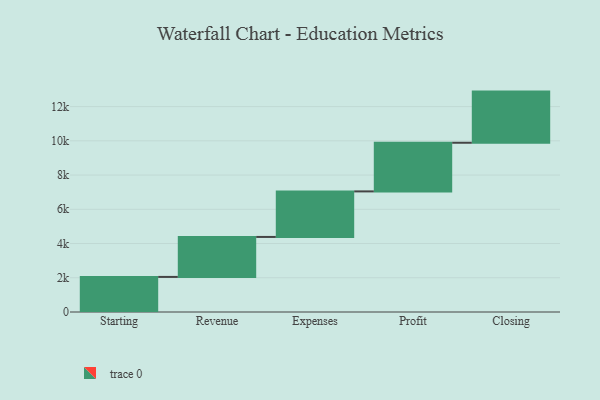
{"axis": {"x": "Step", "y": "Value"}, "legend": [""], "data": [{"x": "Starting", "y": 2049.0, "type": ""}, {"x": "Revenue", "y": 2336.0, "type": ""}, {"x": "Expenses", "y": 2660.0, "type": ""}, {"x": "Profit", "y": 2842.0, "type": ""}, {"x": "Closing", "y": 2988.0, "type": ""}]}